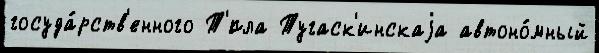
госуда́рств'енного Т'́пла Тугаск'инскаjа автоно́мный